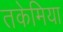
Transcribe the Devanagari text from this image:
तकेमिया